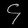
Digit: ၄